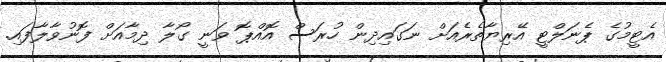
އެޓީމުގެ ޕެނަލްޓީ އޭރިޔާތެރެއަށް ނަަގައިދިން ހުރަސް އޮއްޕޮ ވަނީ ގޯލާ ދިމާއަށް ފޮނުވާލާފައި.